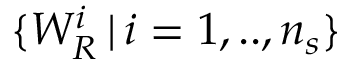
\{ W _ { R } ^ { i } \, | \, i = 1 , . . , n _ { s } \}